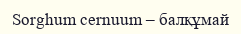
Sorghum cernuum – балқұмай